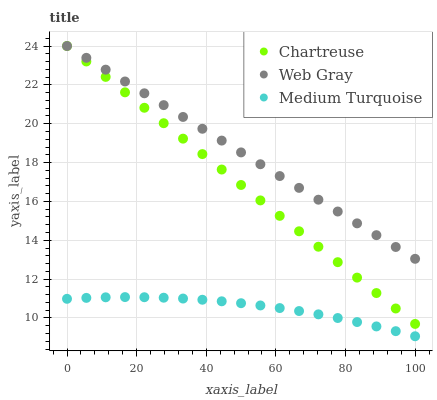
| xaxis_label | Chartreuse | Web Gray | Medium Turquoise |
 | --- | --- | --- | --- |
 | 0 | 24 | 24 | 11 |
 | 5.56 | 23.2 | 23.4 | 11 |
 | 11.1 | 22.4 | 22.8 | 11.1 |
 | 16.7 | 21.6 | 22.2 | 11.1 |
 | 22.2 | 20.8 | 21.6 | 11.1 |
 | 27.8 | 20 | 21 | 11 |
 | 33.3 | 19.2 | 20.3 | 11 |
 | 38.9 | 18.4 | 19.7 | 10.9 |
 | 44.4 | 17.6 | 19.1 | 10.9 |
 | 50 | 16.8 | 18.5 | 10.8 |
 | 55.6 | 16.1 | 17.9 | 10.6 |
 | 61.1 | 15.3 | 17.3 | 10.5 |
 | 66.7 | 14.5 | 16.7 | 10.4 |
 | 72.2 | 13.7 | 16.1 | 10.2 |
 | 77.8 | 12.9 | 15.5 | 10 |
 | 83.3 | 12.1 | 14.9 | 9.79 |
 | 88.9 | 11.3 | 14.3 | 9.57 |
 | 94.4 | 10.5 | 13.7 | 9.32 |
 | 100 | 9.69 | 13 | 9.06 |